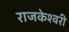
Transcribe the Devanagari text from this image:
राजकेश्‍वरी